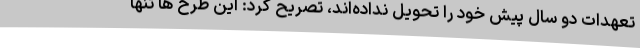
تعهدات دو سال پیش خود را تحویل نداده‌اند، تصریح کرد: این طرح ها تنها